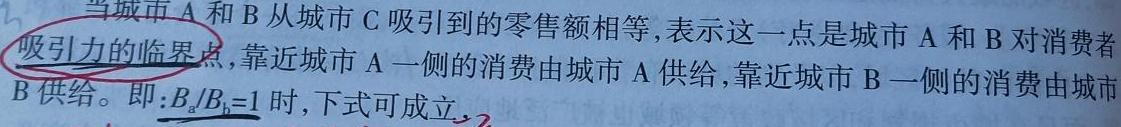
当城市 A 和 B 从城市 C 吸引到的零售额相等,表示这一点是城市 A 和 B 对消费者吸引力的临界点,靠近城市 A 一侧的消费由城市 A 供给,靠近城市 B 一侧的消费由城市 B 供给。即: $B_a/B_b = 1$ 时,下式可成立,